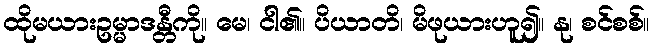
ထိုမယားဥမ္မာဒန္တီကို။ မေ၊ ငါ၏။ ပိယာတိ၊ မိဖုယားဟူ၍။ နု၊ စင်စစ်။